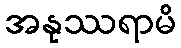
အနုဿရာမိ